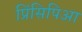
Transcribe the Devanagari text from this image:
प्रिंसिपिआ